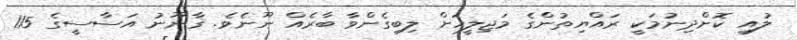
ލުއި ކޮށްދިނުމަކީ ރައްޔިތުންގެ މަޖިލީހަށް ލިބިގެންވާ ބާރެއް ނޫނެވެ. ޤާނޫނު އަސާސީގެ 115